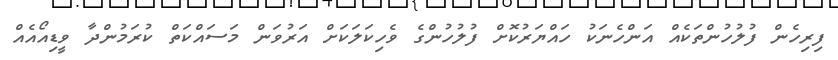
ފިރިހެން ފުލުހުންތަކެއް އަންހެނަކު ހައްޔަރުކޮށް ފުލުހުންގެ ވެހިކަލަކަށް އަރުވަން މަސައްކަތް ކުރަމުންދާ ވީޑިއޯއެއް